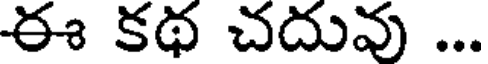
ఈ కథ చదువు ...